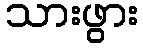
သားဖွား